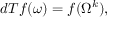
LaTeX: d T f ( \omega ) = f ( \Omega ^ { k } ) ,